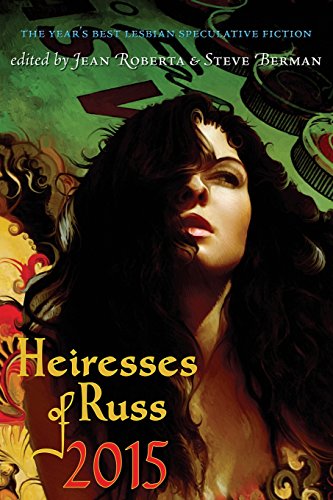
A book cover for Heiresses of Russ 2015: The Year's Best Lesbian Speculative Fiction; Nicola Griffith; Science Fiction & Fantasy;